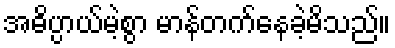
အဓိပ္ပာယ်မဲ့စွာ မာန်တက်နေခဲ့မိသည်။